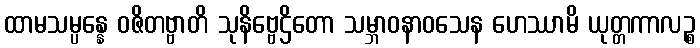
ထာမသမ္ပန္နေ ဝဇိတဗ္ဗာတိ သုနိဗ္ဗေဌိတော သမ္ဘာဝနာဝသေန ဟေဿာမိ ယုတ္တကာလဉ္စ